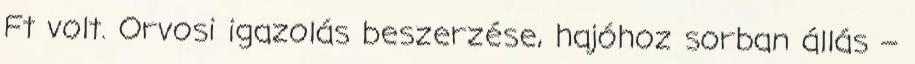
Ft volt. Orvosi igazolás beszerzése, hajóhoz sorban állás –